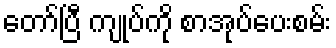
တော်ပြီ ကျုပ်ကို စာအုပ်ပေးစမ်း